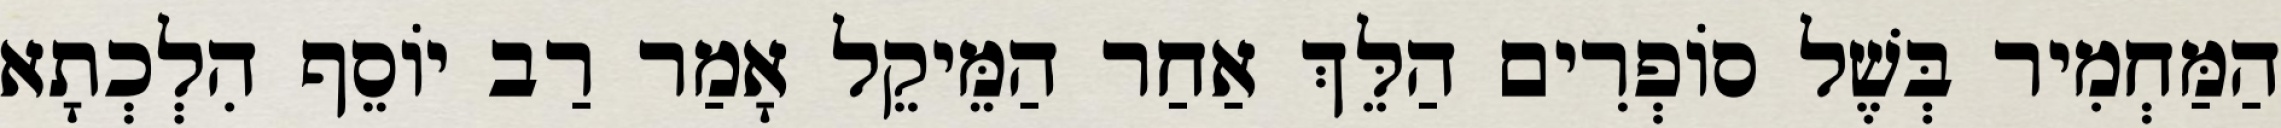
הַמַּחְמִיר בְּשֶׁל סוֹפְרִים הַלֵּךְ אַחַר הַמֵּיקֵל אָמַר רַב יוֹסֵף הִלְכְתָא